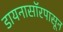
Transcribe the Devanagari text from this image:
डायनासॉरपासून